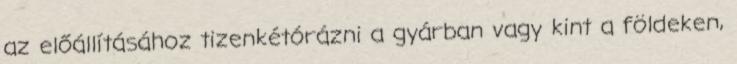
az előállításához tizenkétórázni a gyárban vagy kint a földeken,